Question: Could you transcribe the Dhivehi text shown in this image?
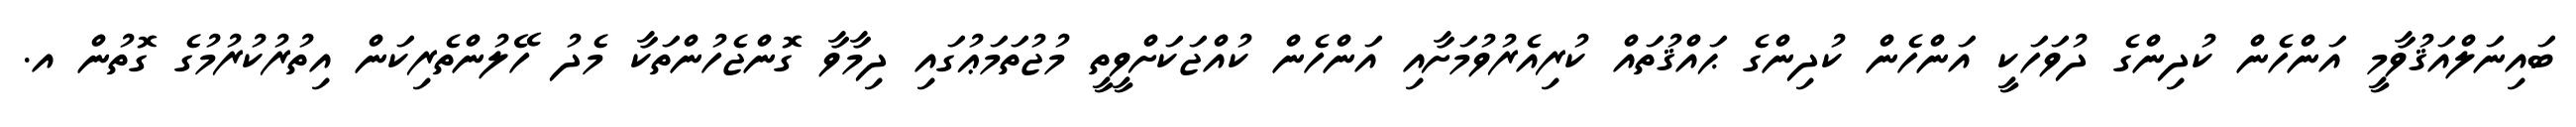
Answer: ބައިނަލްއަޤުވާމީ އަންހެން ކުދިންގެ ދުވަހަކީ އަންހެން ކުދިންގެ ޙައްޤުތައް ކުރިއެރުވުމަށާއި އަންހެން ކުއްޖަކަށްވީތީ މުޖުތަމަޢުގައި ދިމާވާ ގޮންޖެހުންތަކާ މެދު ހޭލުންތެރިކަން އިތުރުކުރުމުގެ ގޮތުން އ.